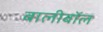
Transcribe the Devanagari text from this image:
बालीबॉल